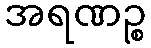
အရဏဉ္စ